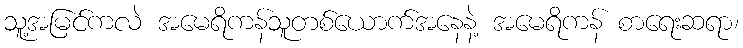
သူ့အမြင်ကလဲ အမေရိကန်သူတစ်ယောက်အနေနဲ့ အမေရိကန် စာရေးဆရာ၊